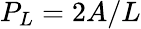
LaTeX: P_{L}=2A/L